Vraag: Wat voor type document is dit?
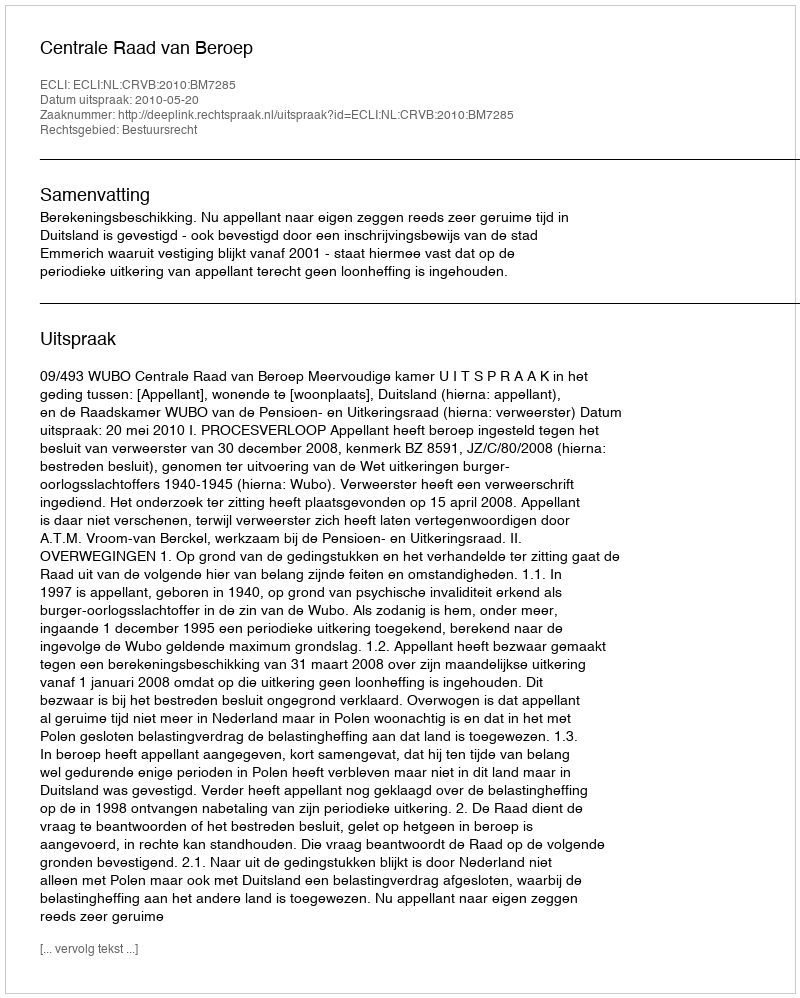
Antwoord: Uitspraak